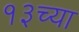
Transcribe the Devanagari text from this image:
१३च्या